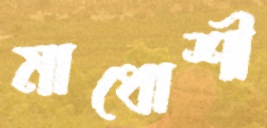
মাধোশী